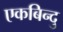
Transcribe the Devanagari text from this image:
एकबिन्दु